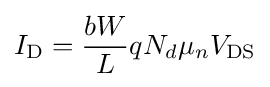
I_{\text{D}}={\frac {bW}{L}}qN_{d}\mu _{n}V_{\text{DS}}